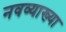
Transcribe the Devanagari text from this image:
नवव्याख्या